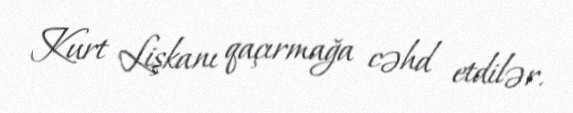
Kurt Lişkanı qaçırmağa cəhd etdilər.